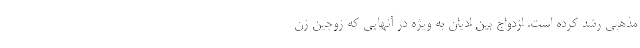
مذهبی رشد کرده است. ازدواج بین ادیان به ویژه در آنهایی که زوجین زن